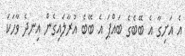
އެ އަށިގާ އެ ބޭބެގެ ބައްޕަ އެ ބޭބެ އުރާލައިގެން އިނދެ ވާހަކަ